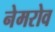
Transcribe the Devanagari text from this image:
नेमरोव